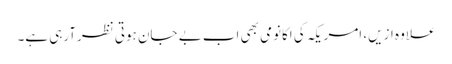
علاوہ ازیں، امریکہ کی اکانومی بھی اب بے جان ہوتی نظرآرہی ہے۔